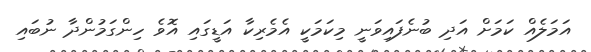
އަމަލެއް ކަމަށް އަދި ބުނެފައިވަނީ މިކަމަކީ އެމެރިކާ އަޑީގައި އޮވެ ހިންގަމުންދާ ނުބައި